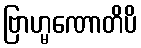
ဗြာဟ္မဏောတိပိ